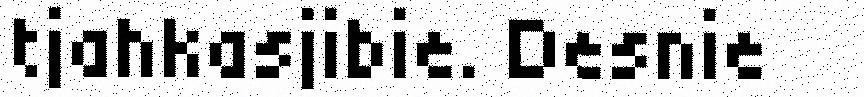
tjahkasjibie. Desnie